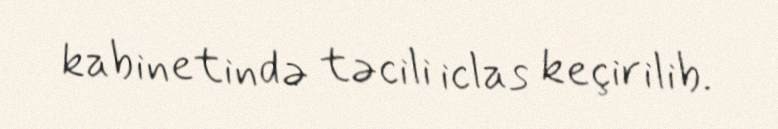
kabinetində təcili iclas keçirilib.